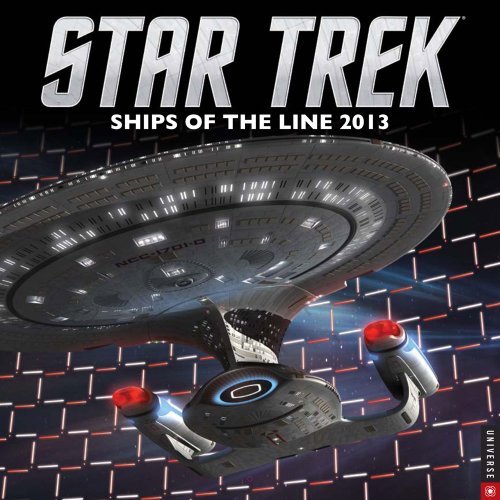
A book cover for Star Trek 2013 Wall Calendar: Ships of the Line; Cbs; Calendars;